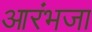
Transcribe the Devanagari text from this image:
आरंभजा